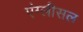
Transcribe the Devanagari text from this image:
एंग्लीसल